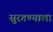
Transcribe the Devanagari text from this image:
सुरगण्याला